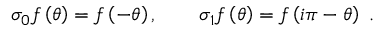
\sigma _ { 0 } f \left( \theta \right) = f \left( - \theta \right) , \qquad \sigma _ { 1 } f \left( \theta \right) = f \left( i \pi - \theta \right) ~ .